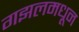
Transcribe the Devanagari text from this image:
गझलमधून